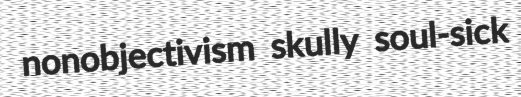
nonobjectivism skully soul-sick